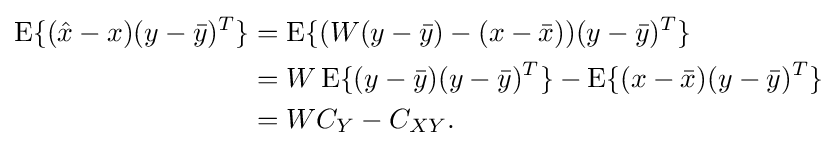
{\begin{aligned}\operatorname {E} \{({\hat {x}}-x)(y-{\bar {y}})^{T}\}&=\operatorname {E} \{(W(y-{\bar {y}})-(x-{\bar {x}}))(y-{\bar {y}})^{T}\}\\&=W\operatorname {E} \{(y-{\bar {y}})(y-{\bar {y}})^{T}\}-\operatorname {E} \{(x-{\bar {x}})(y-{\bar {y}})^{T}\}\\&=WC_{Y}-C_{XY}.\end{aligned}}